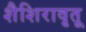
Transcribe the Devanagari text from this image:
शैशिरावृतू